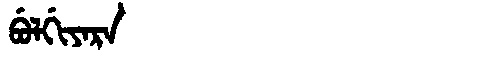
Manchu: ᠪᡠᠯᡤᡳᠶᠠᡵᠠ
Romanization: BULGIYARA